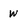
Character: w